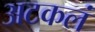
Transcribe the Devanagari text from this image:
अटकलं